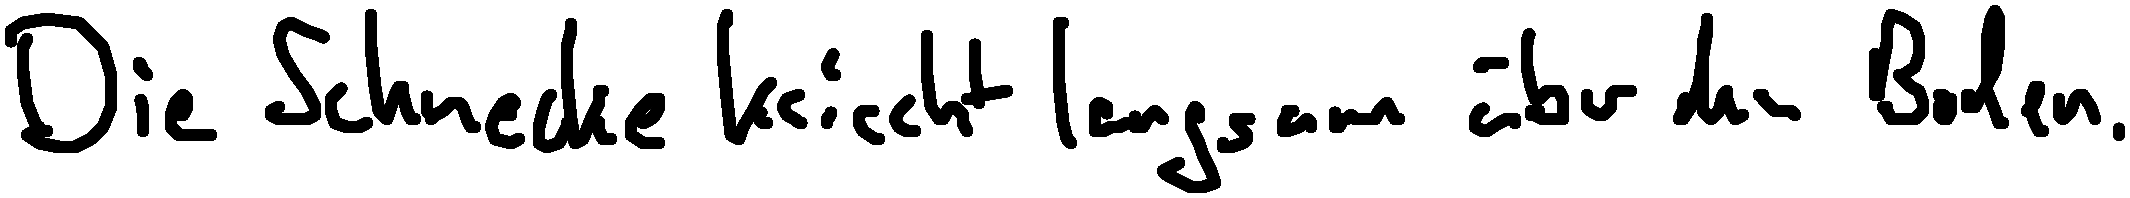
Die Schnecke kriecht langsam über den Boden.